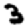
Digit: 3